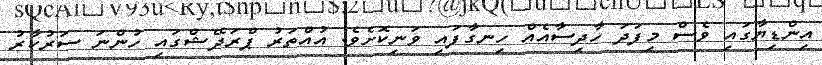
އިންޑިޔާގައި ވެސް މިފަދަ ހާދިސާއެއް ހިނގާފައި ވަނިކޮށެވެ. އުއްތަރު ޕްރަދޭޝްގައި ހުންނަ ސަރުކާރު